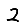
Digit: 2